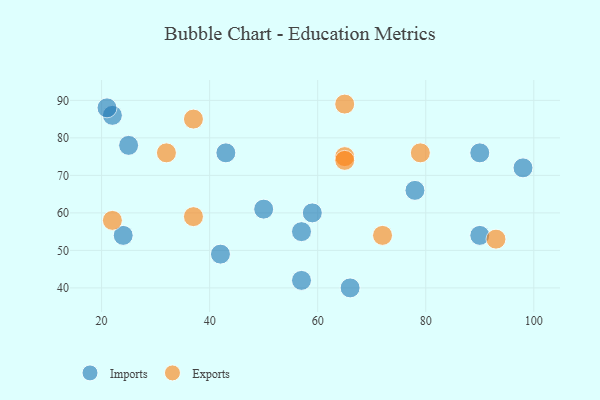
{"axis": {"x": "GDP", "y": "Life Expectancy"}, "legend": ["Exports", "Imports"], "data": [{"x": "57", "y": 42, "type": "Imports"}, {"x": "98", "y": 72, "type": "Imports"}, {"x": "90", "y": 54, "type": "Imports"}, {"x": "59", "y": 60, "type": "Imports"}, {"x": "22", "y": 86, "type": "Imports"}, {"x": "21", "y": 88, "type": "Imports"}, {"x": "43", "y": 76, "type": "Imports"}, {"x": "24", "y": 54, "type": "Imports"}, {"x": "25", "y": 78, "type": "Imports"}, {"x": "66", "y": 40, "type": "Imports"}, {"x": "57", "y": 55, "type": "Imports"}, {"x": "78", "y": 66, "type": "Imports"}, {"x": "50", "y": 61, "type": "Imports"}, {"x": "90", "y": 76, "type": "Imports"}, {"x": "42", "y": 49, "type": "Imports"}, {"x": "93", "y": 53, "type": "Exports"}, {"x": "32", "y": 76, "type": "Exports"}, {"x": "37", "y": 85, "type": "Exports"}, {"x": "22", "y": 58, "type": "Exports"}, {"x": "65", "y": 75, "type": "Exports"}, {"x": "79", "y": 76, "type": "Exports"}, {"x": "72", "y": 54, "type": "Exports"}, {"x": "37", "y": 59, "type": "Exports"}, {"x": "65", "y": 89, "type": "Exports"}, {"x": "65", "y": 74, "type": "Exports"}]}